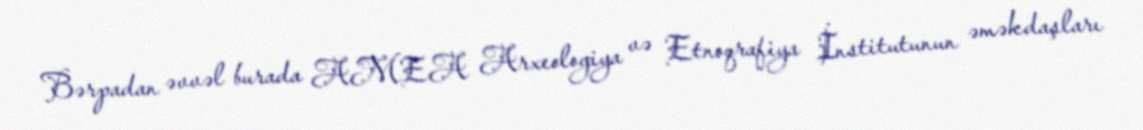
Bərpadan əvvəl burada AMEA Arxeologiya və Etnoqrafiya İnstitutunun əməkdaşları